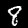
Label: 8